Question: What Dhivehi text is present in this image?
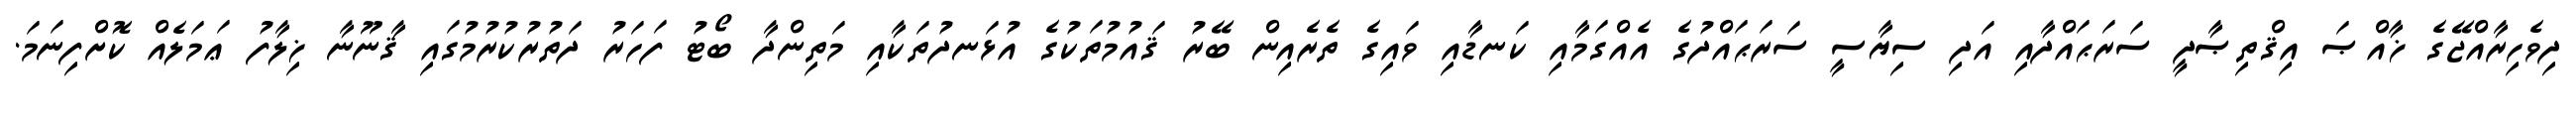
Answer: ދިވެހިރާއްޖޭގެ ޚާއްޞަ އިޤްތިޞާދީ ސަރަޙައްދާއި އަދި ސިޔާސީ ސަރަޙައްދުގެ އެއްގަމާއި ކަނޑާއި ވައިގެ ތެރެއިން ބޭރު ޤައުމުތަކުގެ އުޅަނދުތަކާއި މަތިންދާ ބޯޓު ފަހަރު ދަތުރުކުރުމުގައި ޤާނޫނާ ޚިލާފު ޢަމަލެއް ކޮށްފިނަމަ.